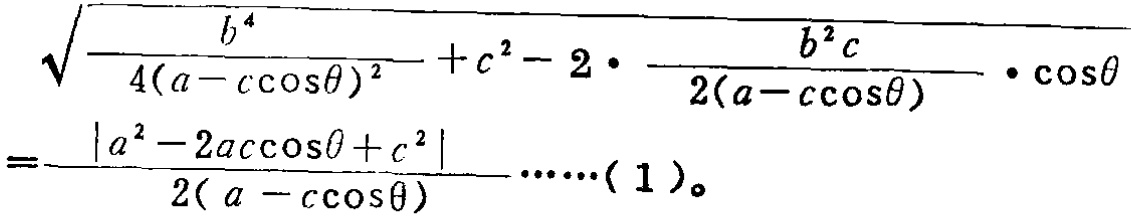
\[\sqrt{\frac{b^{4}}{4(a - c\cos\theta)^{2}} + c^{2} - 2\cdot\frac{b^{2}c}{2(a - c\cos\theta)}\cdot\cos\theta}=\frac{\vert a^{2}-2ac\cos\theta + c^{2}\vert}{2(a - c\cos\theta)}\cdots\cdots(1)\]